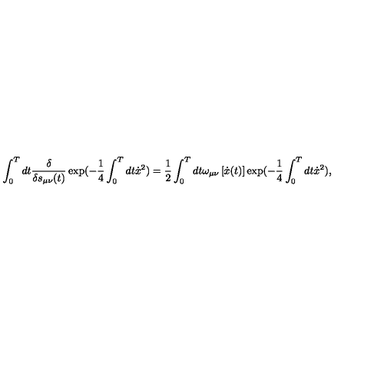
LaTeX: \int _ { 0 } ^ { T } d t \frac { \delta } { { \delta s _ { \mu \nu } ( t ) } } \exp ( - \frac { 1 } { 4 } \int _ { 0 } ^ { T } { d t \dot { x } ^ { 2 } ) = \frac { 1 } { 2 } } \int _ { 0 } ^ { T } d t \omega _ { \mu \nu } \left[ \dot { x } ( t ) \right] \exp ( - \frac { 1 } { 4 } \int _ { 0 } ^ { T } { d t \dot { x } ^ { 2 } } ) ,